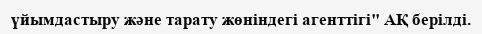
үйымдастыру және тарату жөніндегі агенттігі" АҚ берілді.